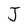
Character: J